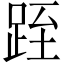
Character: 跮